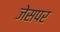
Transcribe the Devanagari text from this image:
जेसपर